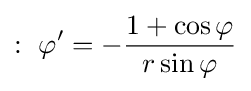
:\ \varphi '=-{\frac {1+\cos \varphi }{r\sin \varphi }}